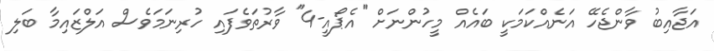
އަޖާއިބު ވާންޖެހޭ އަނެއްކަމަކީ ބައެއް މީހުންނަށް ''އެޕޯއީ-4'' ވާރުތަވެފައި ހުރިނަމަވެސް އަލްޒައިމާ ބަލި